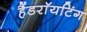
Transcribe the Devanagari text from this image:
हैंडराॅयटिंग